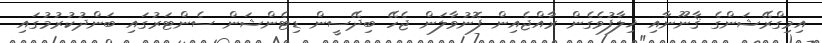
އިމިގްރޭޝަންގެ ޤާނޫނާއި ޚިލާފުވެގެން ރާއްޖެއިން ފޮނުވާލަން ޖެހޭ ބިދޭސީން ޑިޓެންޝަން ސެންޓަރުގައި ބަންދުކުރުމުގައި